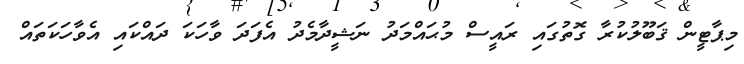
މިޕާޓީން ޤަބޫލުކުރާ ގޮތުގައި ރައީސް މުޙައްމަދު ނަޝީދާމެދު އެފަދަ ވާހަކަ ދައްކައި އެވާހަކަތައް